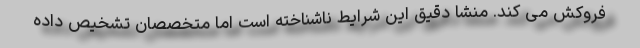
فروکش می کند. منشا دقیق این شرایط ناشناخته است اما متخصصان تشخیص داده